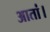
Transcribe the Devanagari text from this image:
आतां।